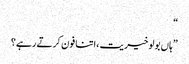
“
”ہاں بولو خیریت ،اتنا فون کرتے رہے؟